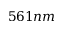
5 6 1 n m